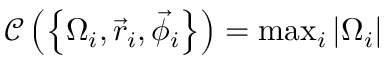
{ \mathcal C } \left( \left\{ \Omega _ { i } , \vec { r } _ { i } , \vec { \phi } _ { i } \right\} \right) = \mathrm { m a x } _ { i } \left| \Omega _ { i } \right|